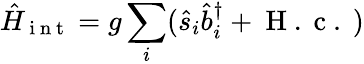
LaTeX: \hat{H}_{\mathrm{~i~n~t~}}=g\sum_{i}(\hat{s}_{i}\hat{b}_{i}^{\dagger}+\mathrm{~H~.~c~.~})